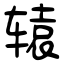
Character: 辕